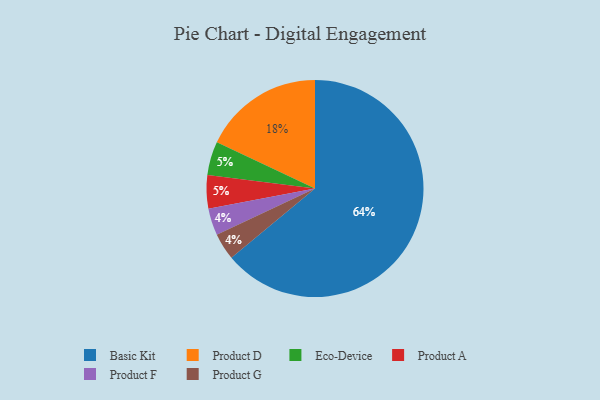
{"axis": {"x": "Category", "y": "Percentage"}, "legend": ["Basic Kit", "Eco-Device", "Product A", "Product D", "Product F", "Product G"], "data": [{"x": "Product D", "y": 18, "type": "Product D"}, {"x": "Product F", "y": 4, "type": "Product F"}, {"x": "Eco-Device", "y": 5, "type": "Eco-Device"}, {"x": "Basic Kit", "y": 64, "type": "Basic Kit"}, {"x": "Product A", "y": 5, "type": "Product A"}, {"x": "Product G", "y": 4, "type": "Product G"}]}